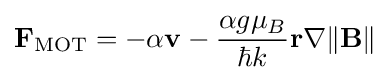
\mathbf {F} _{\mathrm {MOT} }=-\alpha \mathbf {v} -{\frac {\alpha g\mu _{B}}{\hbar k}}\mathbf {r} \nabla \|\mathbf {B} \|